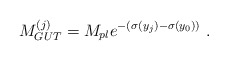
\begin{align*}M_{GUT}^{(j)} = M_{pl} e^{-(\sigma(y_j) - \sigma(y_0))} ~.~ \,\end{align*}